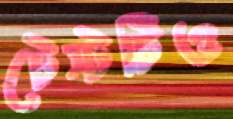
টেস্টটিও